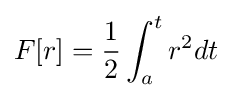
F[r]={\frac {1}{2}}\int _{a}^{t}r^{2}dt